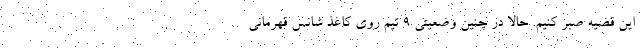
این قضیه صبر کنیم. حالا در چنین وضعیتی ۹ تیم روی کاغذ شانس قهرمانی